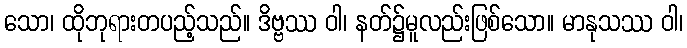
သော၊ ထိုဘုရားတပည့်သည်။ ဒိဗ္ဗဿ ဝါ၊ နတ်၌မူလည်းဖြစ်သော။ မာနုသဿ ဝါ၊